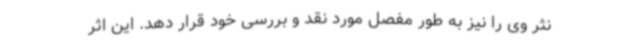
نثر وی را نیز به طور مفصل مورد نقد و بررسی خود قرار دهد. این اثر